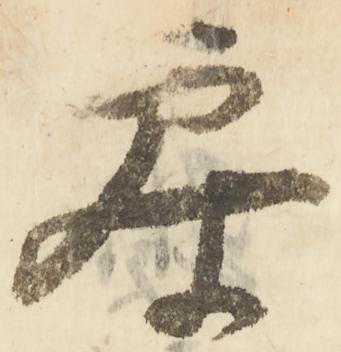
参